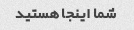
شما اینجا هستید